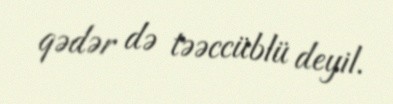
qədər də təəccüblü deyil.